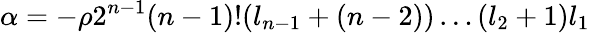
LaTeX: \alpha=-\rho 2^{n-1}(n-1)!(l_{n-1}+(n-2))\ldots(l_{2}+1)l_{1}